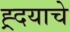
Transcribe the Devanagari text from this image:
ह्र्दयाचे